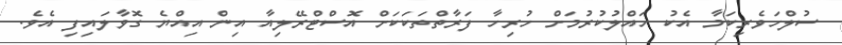
ސުލްހަވެރިކަމާ އެކު ހައްލުކުރުމަށް ހުރިހާ ފަރާތްތަކަކަށް އޮސްޓްރޭލިއާ އިން އިއްޔެ ގޮވާލައިފި އެވެ.